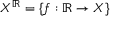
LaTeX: X ^ { \mathbb { R } } = \{ f : \mathbb { R } \to X \}